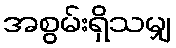
အစွမ်းရှိသမျှ